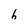
Character: h